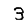
Digit: 3